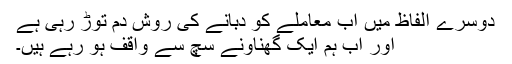
دوسرے الفاظ میں اب معاملے کو دبانے کی روش دم توڑ رہی ہے
اور اب ہم ایک گھناونے سچ سے واقف ہو رہے ہیں۔